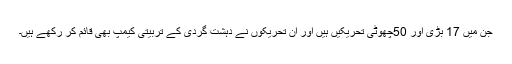
جن میں 17 بڑی اور 50چھوٹی تحریکیں ہیں اور ان تحریکوں نے دہشت گردی کے تربیتی کیمپ بھی قائم کر رکھے ہیں۔